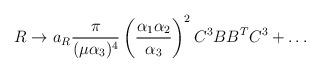
LaTeX: \begin{align*}R \to a_R {\pi \over (\mu \alpha_3)^4} \left( {\alpha_1 \alpha_2\over \alpha_3}\right)^2 {C^3}B B^T {C^3} + \ldots\end{align*}